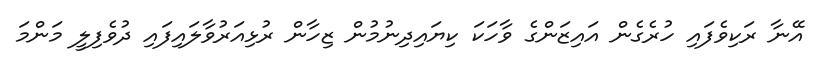
އޭނާ ރަކިވެފައި ހުރެގެން އައިޒަންގެ ވާހަކަ ކިޔައިދިނުމުން ޒިހާން ރުޅިއަރުވާލައިފައި ދުވެފިލީ މަންމަ